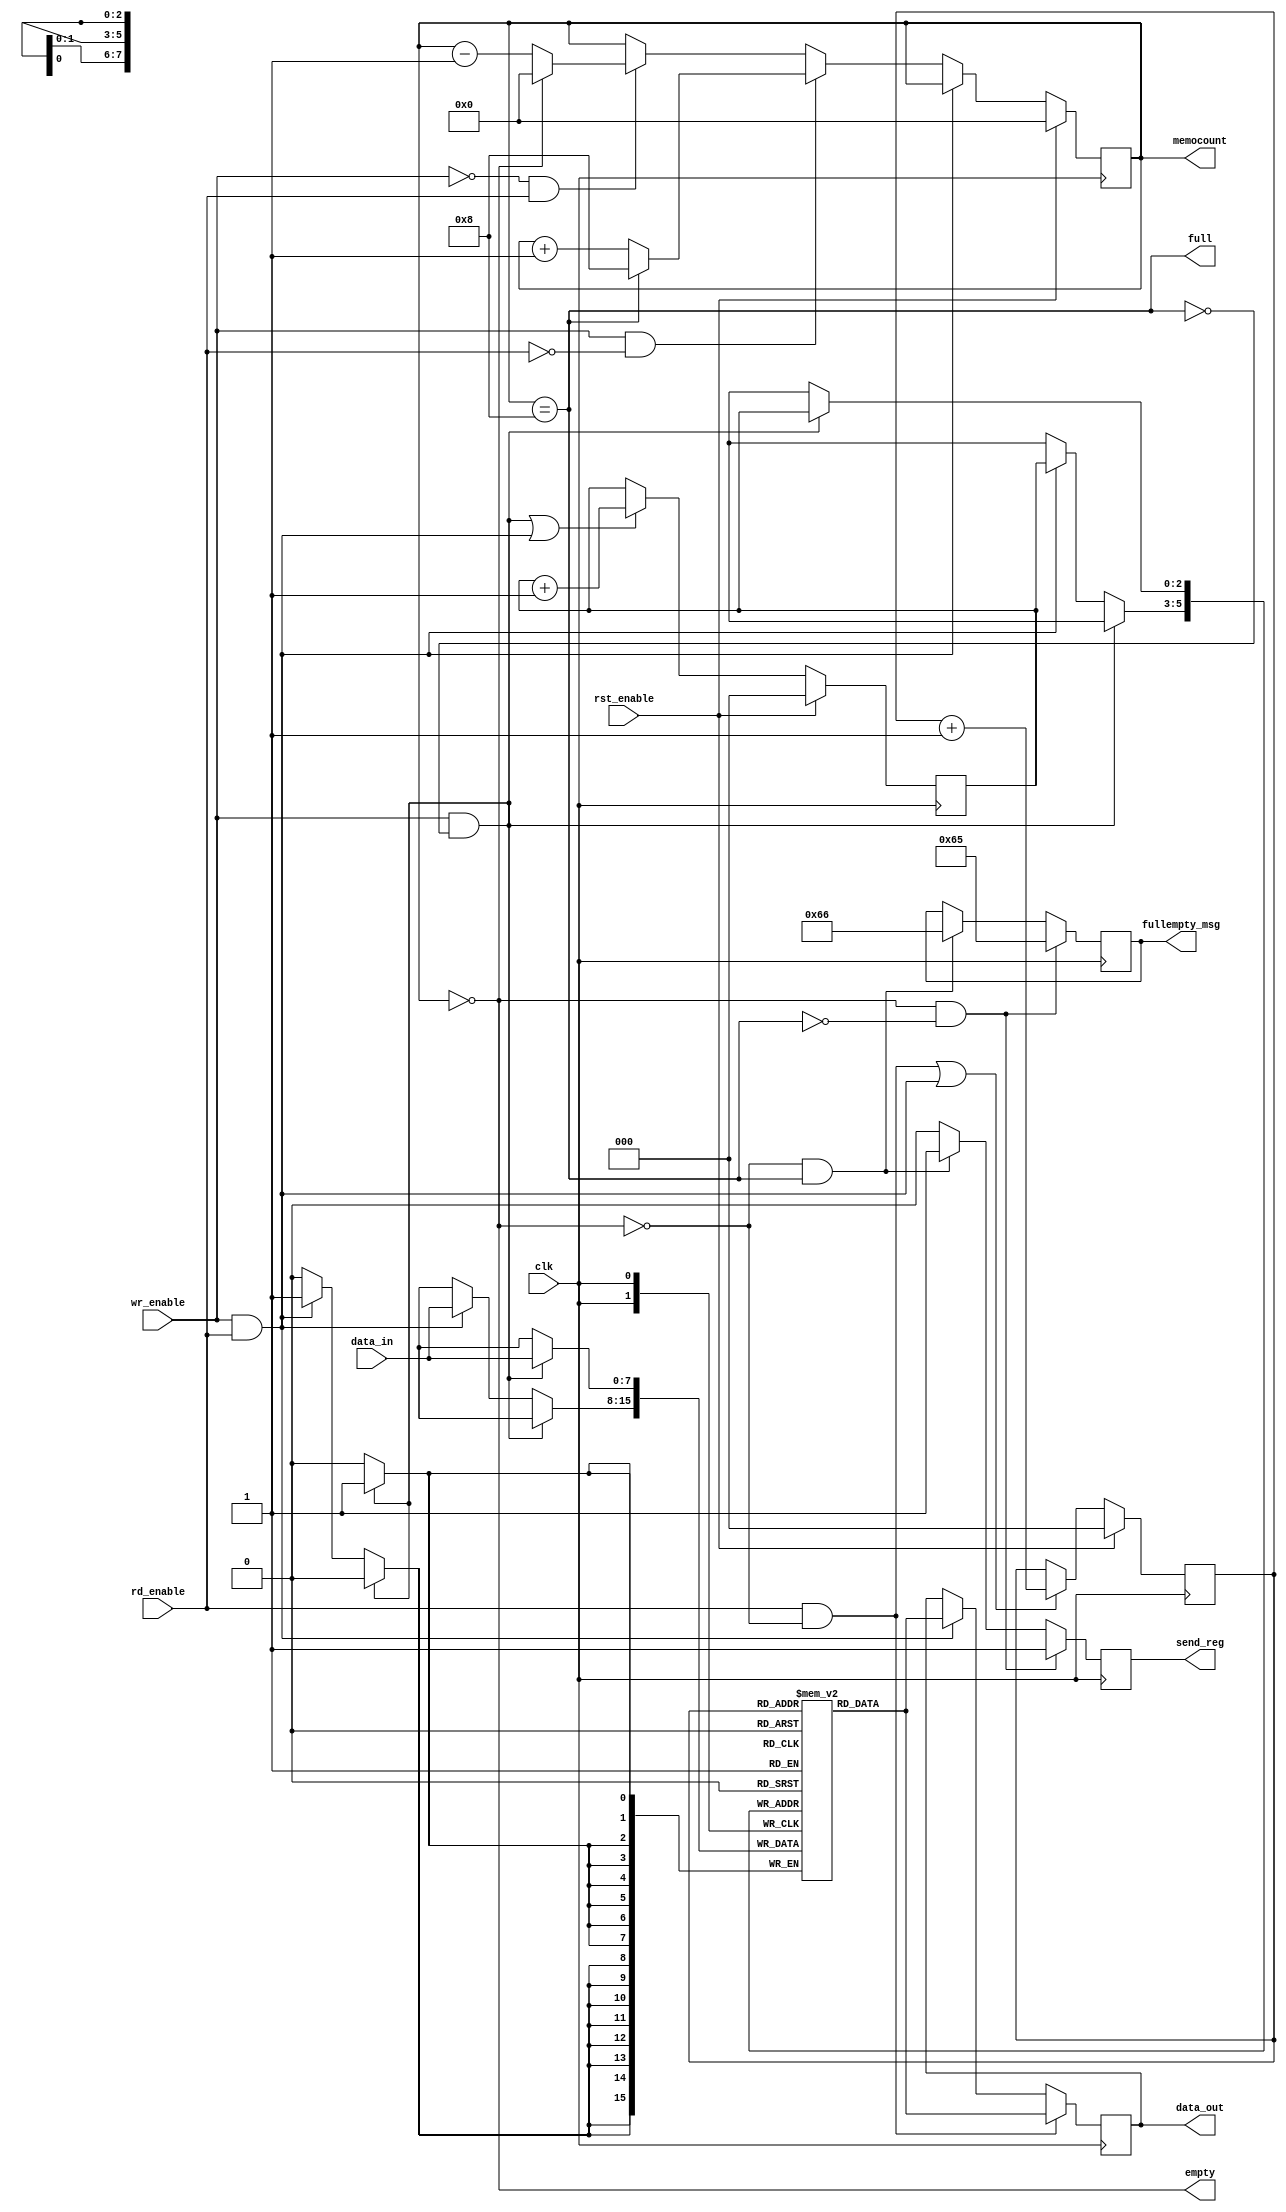
`timescale 1ns / 1ps

module fifo#(
    parameter data_width = 8,
    parameter fifo_depth = 8,
    parameter countersize = $clog2(fifo_depth+1)
    )(
    input clk, rst_enable,
    output empty, full,
    output reg [countersize-1:0]memocount = 0,
    output reg send_reg, 
    output reg [7:0]fullempty_msg,
    
    input [data_width-1:0]data_in,
    input wr_enable,
    
    output reg [data_width-1:0]data_out,
    input rd_enable
    );
    reg[data_width-1:0]memo[fifo_depth-1:0];
    reg [2:0] rd_ptr = 3'b000;
    reg [2:0] wr_ptr = 3'b000;
    
    assign empty = (memocount == 0);
    assign full  = (memocount == fifo_depth);
    
//    always @(posedge clk) begin
//        memo [0] <= 65;
//        memo [1] <= 66;
//        memo [2] <= 67;
//        memo [3] <= 68;
//        memo [4] <= 69;
//        memo [5] <= 70;
//        memo [6] <= 71;
//        memo [7] <= 72;
//    end
    always @(posedge clk) begin: fullempty
        if(empty && !full) begin
            fullempty_msg <= 8'b01100101;
            send_reg <= 1;
        end
        else if (!empty && full)begin
            fullempty_msg <= 8'b01100110;
            send_reg <= 1;
        end
        else send_reg <= 0;
    end
    always @(posedge clk) begin: writeblk
        if(wr_enable == 1'b1 & full == 1'b0)
            memo[wr_ptr] <= data_in;
        else if (wr_enable && rd_enable)
            memo[wr_ptr] <= data_in;
    end
    always @(posedge clk) begin: readblk
        if(rd_enable && !empty)
            data_out <= memo[rd_ptr];
        else if (rd_enable && wr_enable)
            data_out <= memo[rd_ptr];
    end
    always @(posedge clk) begin: ptrblk
//        rd_ptr <= 0;
//            wr_ptrr <= 0;
        if(rst_enable) begin
            rd_ptr <= 0;
            wr_ptr <= 0;
        end
        else begin
            wr_ptr <= ((wr_enable == 1'b1 & full == 1'b0) ||(wr_enable && rd_enable))? wr_ptr + 1'b1 : wr_ptr;
            rd_ptr <= ((rd_enable && !empty)||(wr_enable && rd_enable))? rd_ptr +1'b1  : rd_ptr;
        end
    end
    always @(posedge clk) begin: memocountblk
        if(rst_enable) begin
            memocount <= 0;
        end
        else begin
            if (!wr_enable && !rd_enable)  memocount <= memocount;
            if (!wr_enable && rd_enable) memocount <= (memocount == 0) ? 0: memocount-1;
            if (wr_enable && !rd_enable) memocount <= (memocount == 8) ? fifo_depth : memocount+1;
            if (wr_enable && rd_enable)  memocount <= memocount;
            
//            case({wr_enable,rd_enable})
//                2'b00   : memocount <= memocount;
//                2'b01   : memocount <= (memocount == 0) ?     0      : memocount-1;
//                2'b10   : memocount <= (memocount == 8) ? fifo_depth : memocount+1;
//                2'b11   : memocount <= memocount;
//                default : memocount <= memocount;
//            endcase
        end
    end
endmodule